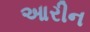
આરીન